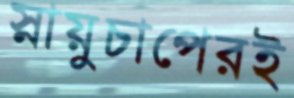
স্নায়ুচাপেরই